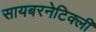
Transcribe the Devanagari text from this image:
सायबरनेटिक्ली